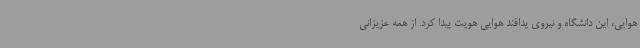
هوایی، این دانشگاه و نیروی پدافند هوایی هویت پیدا کرد. از همه عزیزانی